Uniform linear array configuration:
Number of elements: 48
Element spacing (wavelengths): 0.25
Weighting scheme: hamming
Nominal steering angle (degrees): -15
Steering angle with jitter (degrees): -13.733
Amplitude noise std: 0.05
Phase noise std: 0.05

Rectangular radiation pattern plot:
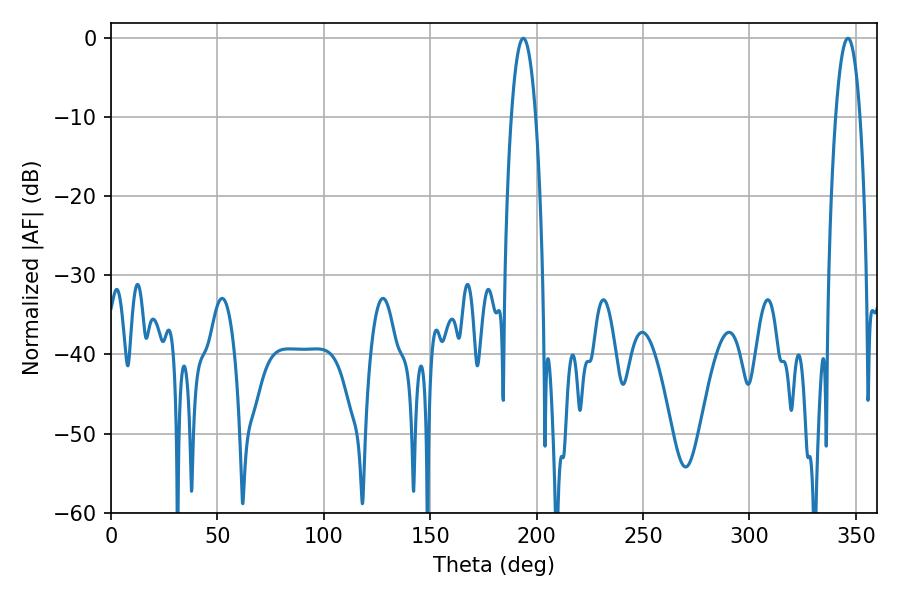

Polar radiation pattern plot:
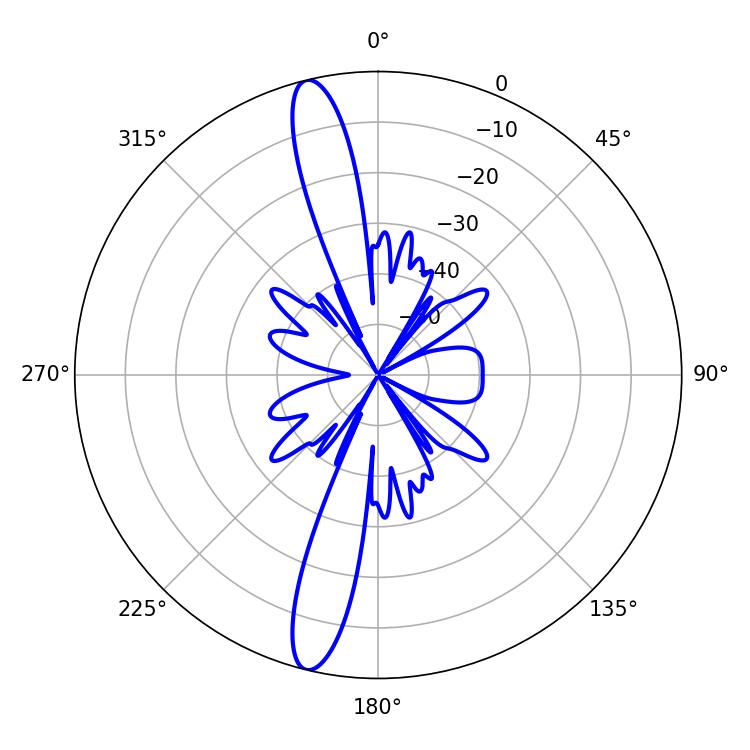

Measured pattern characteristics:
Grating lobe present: FALSE
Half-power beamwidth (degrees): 6.3
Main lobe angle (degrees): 193.68